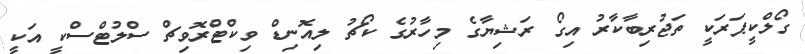
ގޯލްކީޕަރަކީ ތަޖުރިބާކާރު އިގޯ ރަޝިޔާގެ މިހާރުގެ ކޯޗު ލިއޮނިޑް ވިކްޓްރޮވިޗް ސްލުޓްސްކީ އަކީ